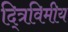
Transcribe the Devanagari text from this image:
द्त्रिविमीय